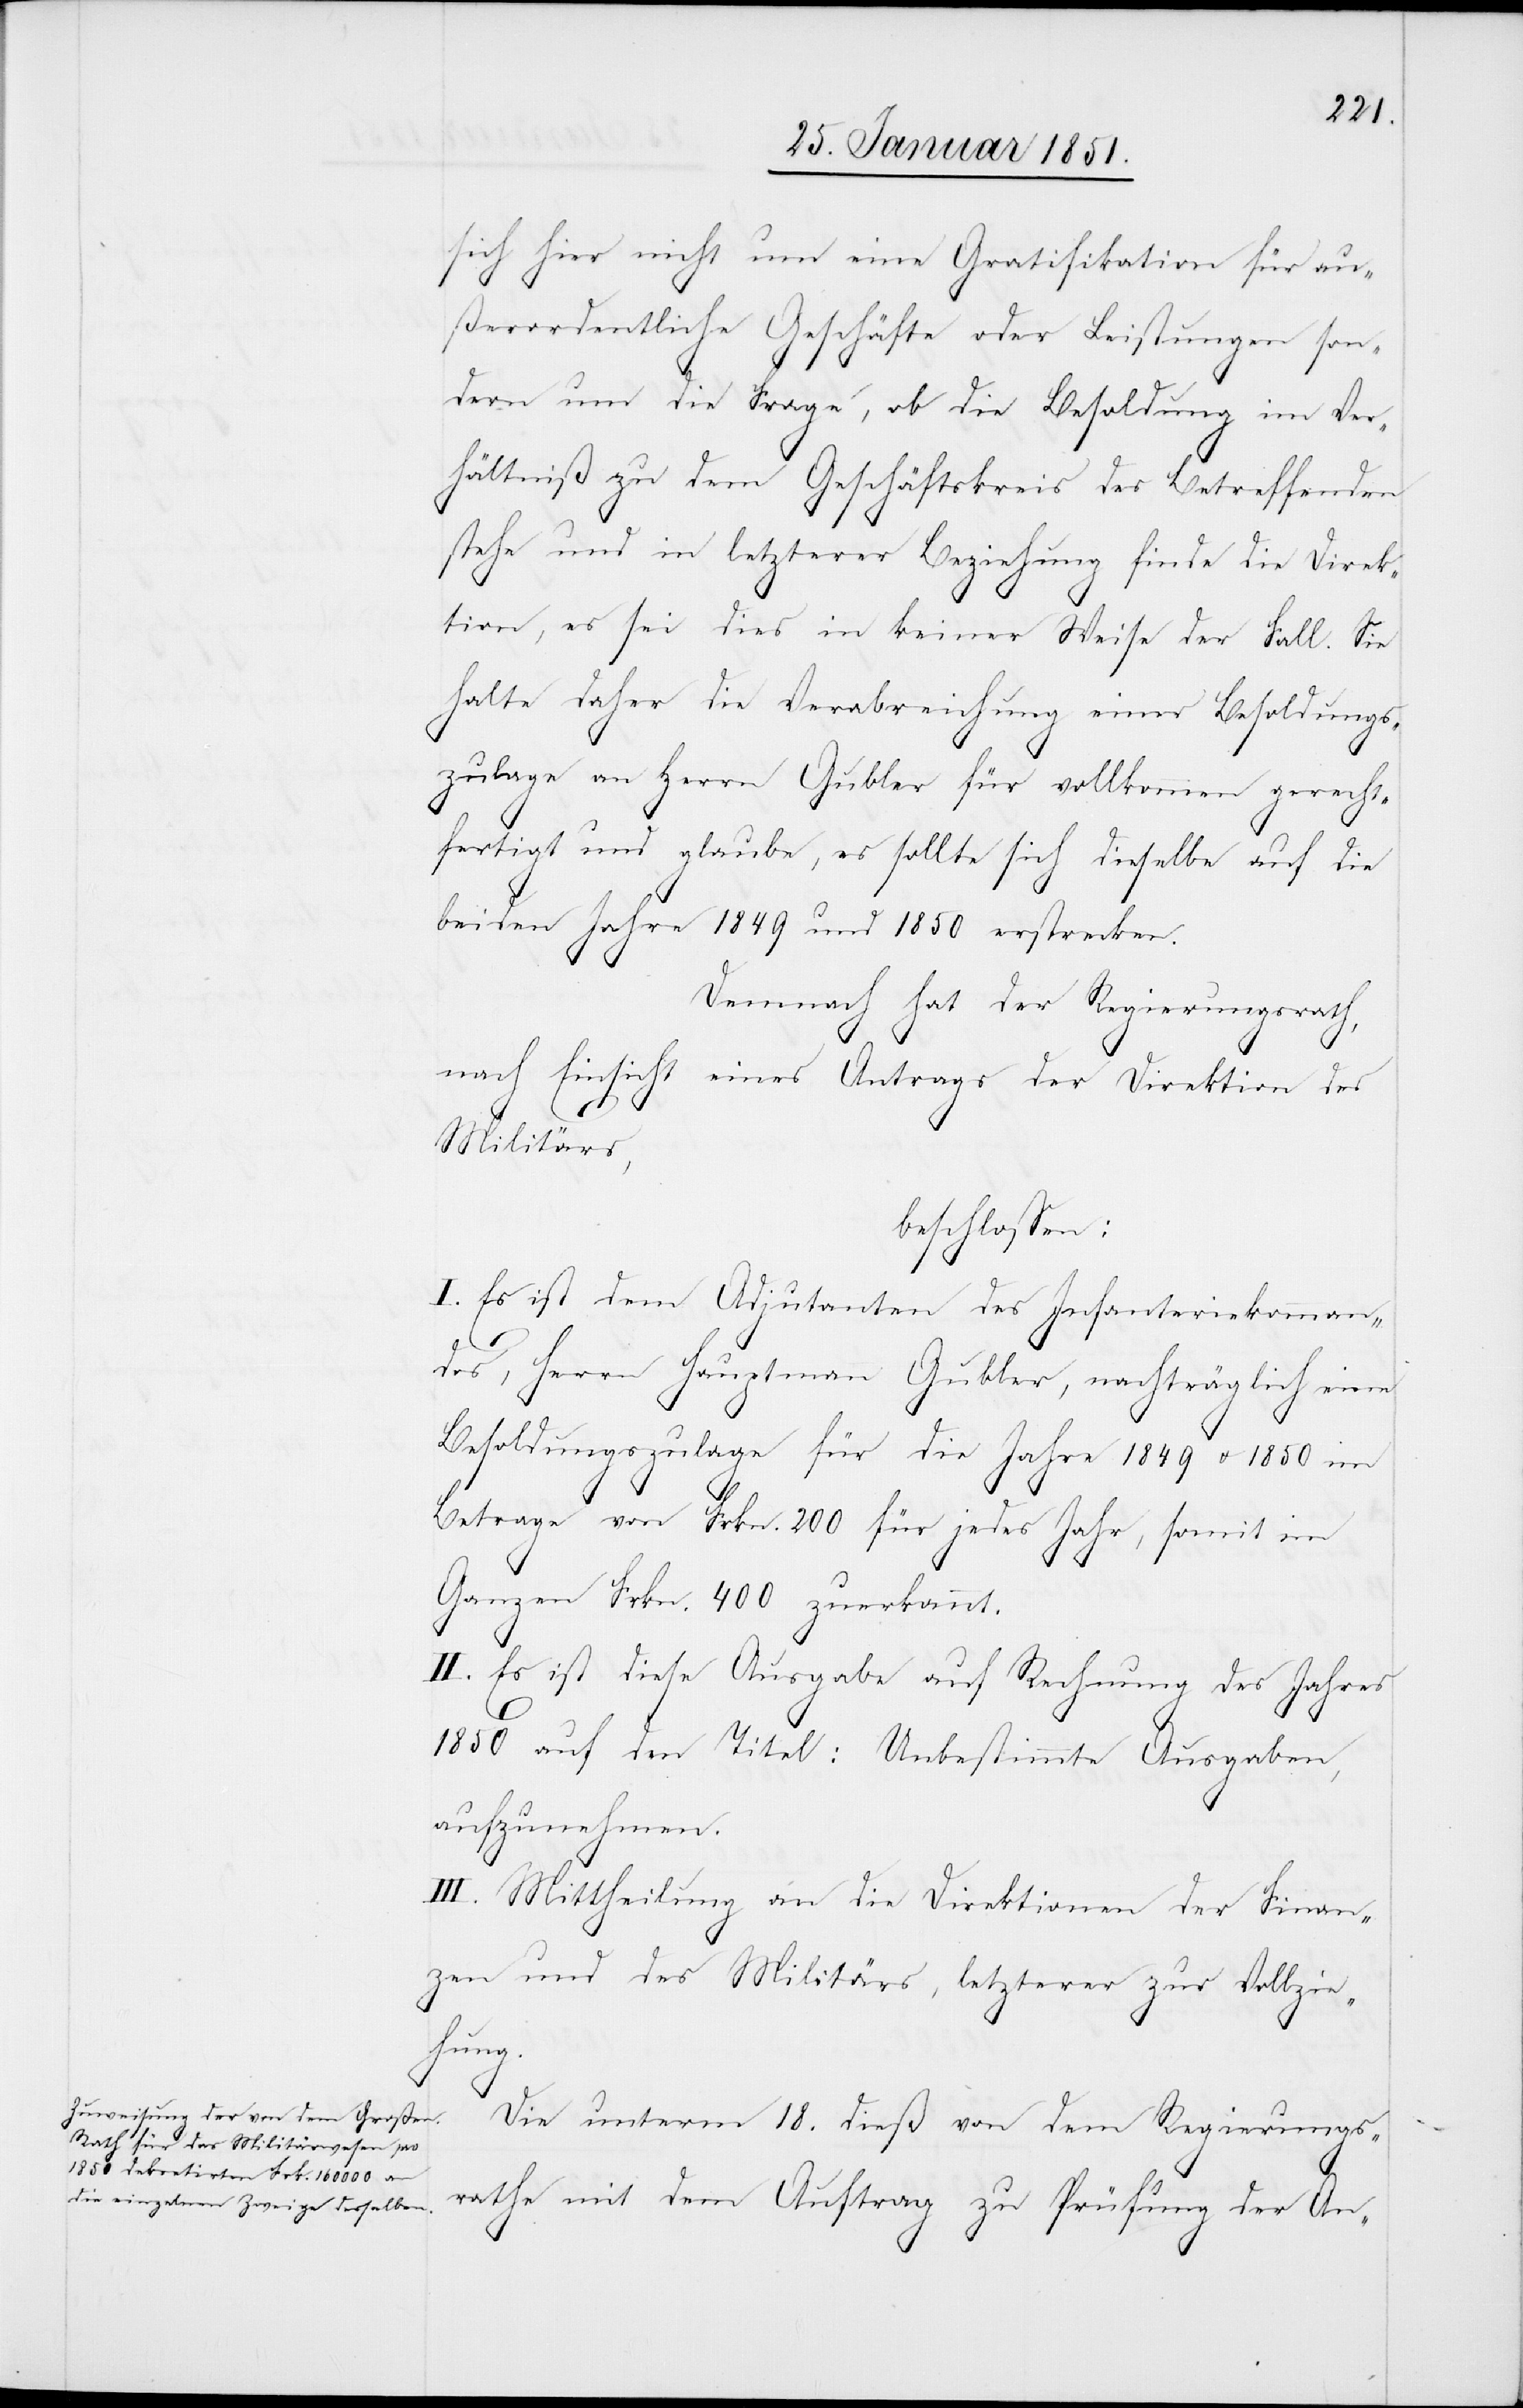
sich hier nicht um eine Gratifikation für au¬
ßerordentliche Geschäfte oder Leistungen son¬
dern um die Frage, ob die Besoldung im Ver¬
hältniß zu dem Geschäftskreis des Betreffenden
stehe und in letzterer Beziehung finde die Direk¬
tion, es sei dies in keiner Weise der Fall. Sie
halte daher die Verabreichung einer Besoldungs¬
zulage an Herrn Gubler für vollkommen gerecht¬
fertigt und glaube, es sollte sich dieselbe auf die
beiden Jahre 1849 und 1850 erstrecken.
Demnach hat der Regierungsrath,
nach Einsicht eines Antrags der Direktion des
Militärs,
beschlossen:
I. Es ist dem Adjutanten des Infanteriekomman¬
dos, Herrn Hauptmann Gubler, nachträglich eine
Besoldungszulage für die Jahre 1849 u. 1850 im
Betrage von Frkn. 200 für jedes Jahr, somit im
Ganzen Frkn. 400 zuerkannt.
II. Es ist diese Ausgabe auf Rechnung des Jahres
1850 auf den Titel: Unbestimmte Ausgaben,
aufzunehmen.
III. Mittheilung an die Direktionen der Finan¬
zen und des Militärs, letzterer zur Vollzie¬
hung.
Die unterm 18. dieß von dem Regierungs¬
rathe mit dem Auftrag zu Prüfung der An-